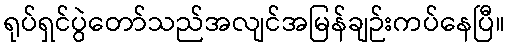
ရုပ်ရှင်ပွဲတော်သည်အလျင်အမြန်ချဉ်းကပ်နေပြီ။